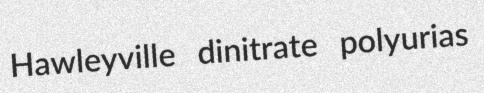
Hawleyville dinitrate polyurias